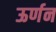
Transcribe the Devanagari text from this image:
ऊर्णन